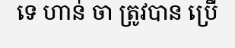
ទេ ហាន់ ចា ត្រូវបាន ប្រើ